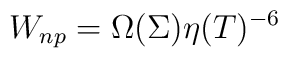
W_{np}=\Omega(\Sigma)\eta(T)^{-6}